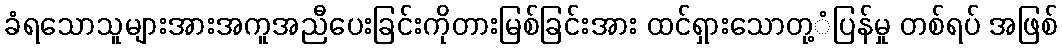
ခံရသောသူများအားအကူအညီပေးခြင်းကိုတားမြစ်ခြင်းအား ထင်ရှားသောတု့ံပြန်မှု တစ်ရပ် အဖြစ်